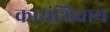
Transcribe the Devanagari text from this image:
कारांशिवाय